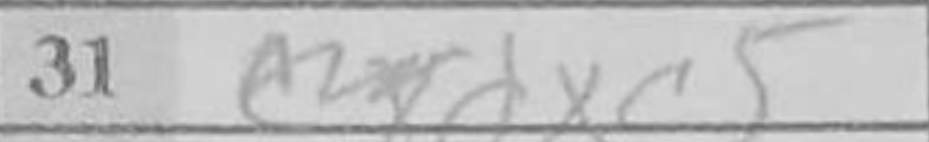
Transcription: dxc5